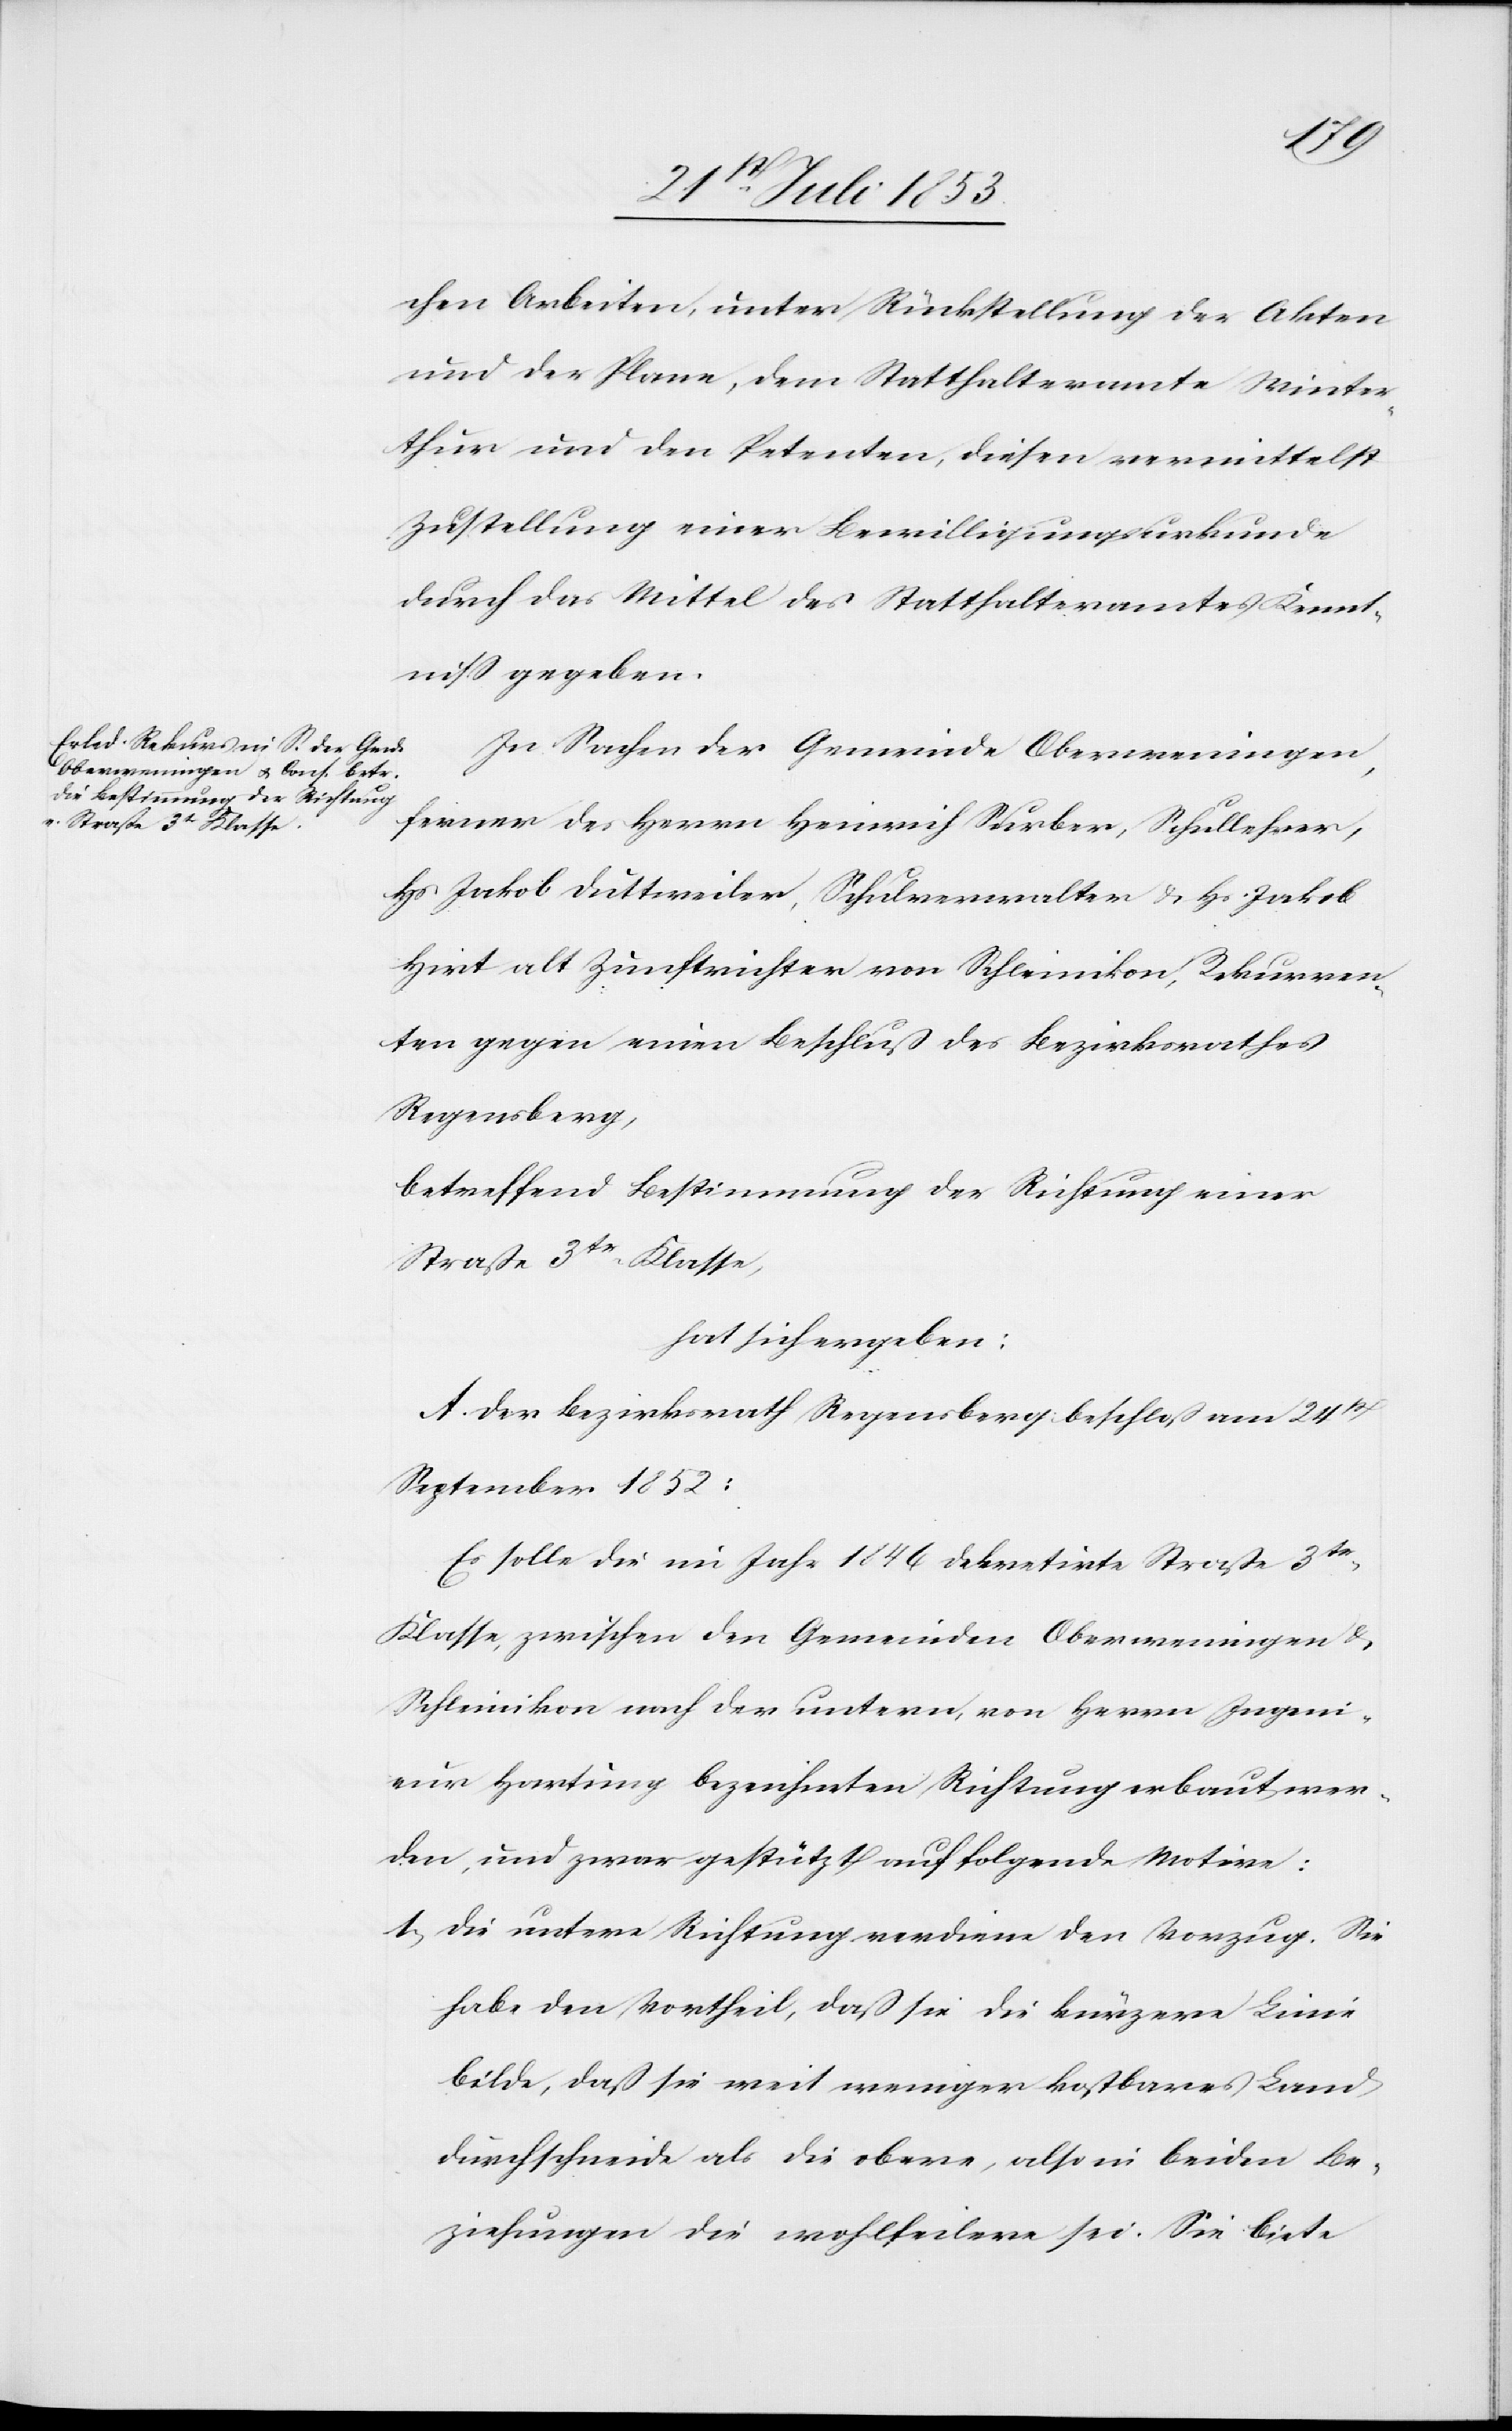
chen Arbeiten, unter Rückstellung der Akten
und der Plane, dem Statthalteramte Winter¬
thur und den Petenten, diesen vermittelst
Zustellung einer Bewilligungsurkunde
durch das Mittel des Statthalteramtes Kennt¬
niß gegeben.
In Sachen der Gemeinde Oberweningen,
ferner der Herrn Heinrich Surber, Schullehrer,
Hs Jakob Duttweiler, Schulverwalter u. Hs Jakob
Hirt alt Zunftrichter von Schleinikon, Rekurren¬
ten gegen einen Beschluß des Bezirksrathes
Regensberg,
betreffend Bestimmung der Richtung einer
Straße 3tr Klasse,
hat sich ergeben:
A. Der Bezirksrath Regensberg beschloß am 24t
September 1852:
Es solle die im Jahre 1846 dekretirte Straße 3tr
Klasse, zwischen den Gemeinden Oberweningen u.
Schleinikon nach der untern, von Herrn Ingeni¬
eur Hartung bezeichneten Richtung erbaut wer¬
den, und zwar gestützt auf folgende Motive:
1, Die untere Richtung verdiene den Vorzug. Sie
habe den Vortheil, daß sie die kürzere Linie
bilde, daß sie weit weniger kostbares Land
durchschneide als die obere, also in beiden Be¬
ziehungen die wohlfeilere sei. Sie biete